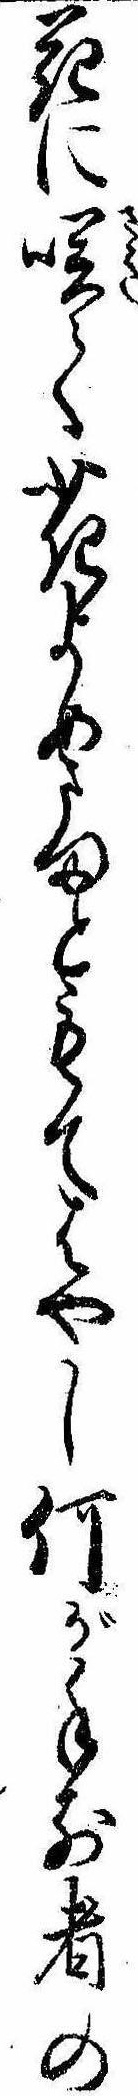
花に咲て花よめさまともてはやし何が手前者の